Civil Veterinary Dept. Bombay admin report 1923-31 - 1923-1931
Year: 1923
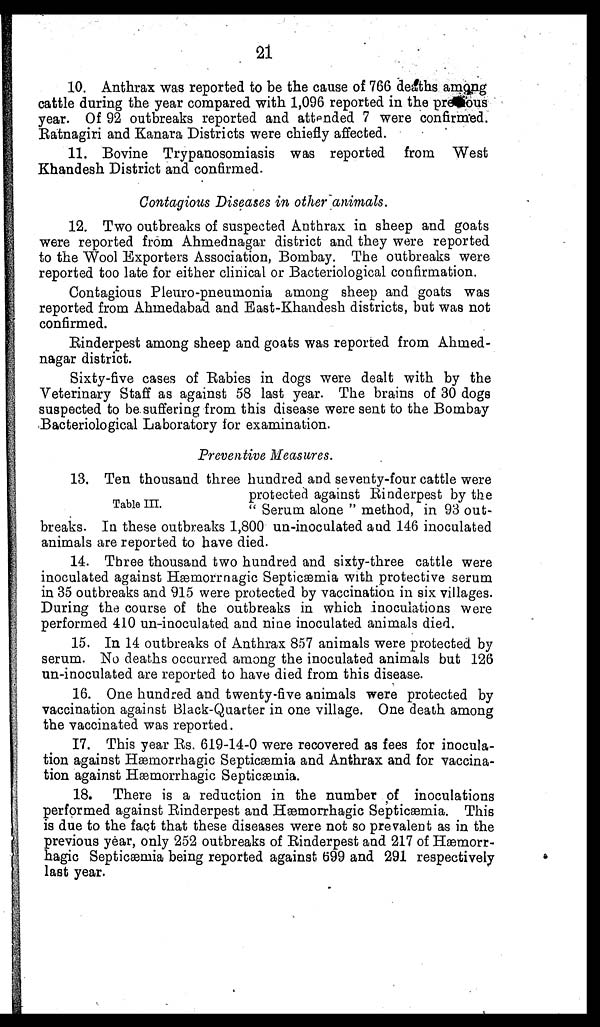
21
10. Anthrax was reported to be the cause of 766 deaths among
cattle during the year compared with 1,096 reported in the pre ous
year. Of 92 outbreaks reported and attended 7 were confirmed.
Ratnagiri and Kanara Districts were chiefly affected.
11. Bovine Trypanosomiasis was reported from West
Khandesh District and confirmed.
Contagious Diseases in other animals.
12. Two outbreaks of suspected Anthrax in sheep and goats
were reported from Ahmednagar district and they were reported
to the Wool Exporters Association, Bombay. The outbreaks were
reported too late for either clinical or Bacteriological confirmation.
Contagious Pieuro-pneumonia among sheep and goats was
reported from Ahmedabad and East-Khandesh districts, but was not
confirmed.
Rinderpest among sheep and goats was reported from Ahmed-
nagar district.
Sixty-five cases of Babies in dogs were dealt with by the
Veterinary Staff as against 58 last year. The brains of 30 dogs
suspected to be. suffering from this disease were sent to the Bombay
Bacteriological Laboratory for examination.
Preventive Measures.
Table III.
13. Ten thousand three hundred and seventy-four cattle were
protected against Rinderpest by the
" Serum alone " method, in 93 out-
breaks. In these outbreaks 1,800 un-inoculated and 146 inoculated
animals are reported to have died.
14. Three thousand two hundred and sixty-three cattle were
inoculated against Hæmorrnagic Septicæmia with protective serum
in 35 outbreaks and 915 were protected by vaccination in six villages.
During the course of the outbreaks in which inoculations were
performed 410 un-inoculated and nine inoculated animals died.
15. In 14 outbreaks of Anthrax 857 animals were protected by
serum. No deaths occurred among the inoculated animals but 126
un-inoculated are reported to have died from this disease.
16. One hundred and twenty-five animals were protected by
vaccination against Black-Quarter in one village. One death among
the vaccinated was reported.
17. This year Rs. 619-14-0 were recovered as fees for inocula-
tion against Hæmorrnagic Septicæmia and Anthrax and for vaccina-
tion against Hæmorrnagic Septicæmia.
18. There is a reduction in the number of inoculations
performed against Rinderpest and Hæmorrhagic Septicæmia. This
is due to the fact that these diseases were not so prevalent as in the
previous year, only 252 outbreaks of Rinderpest and 217 of Hæmorr-
hagic Septicæmia being reported against 699 and 291 respectively
last year.